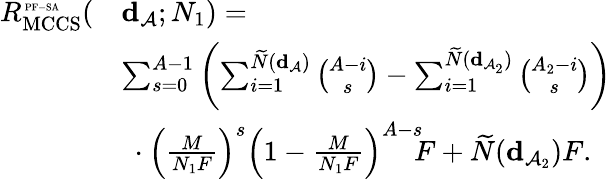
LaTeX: \begin{array}{rl}{R_{\mathrm{MCCS}}^{\mathrm{\tiny~PF-SA}}(}&{{\mathbf d}_{\cal A};N_{1})=}\\ &{\sum_{s=0}^{A-1}\left(\sum_{i=1}^{\widetilde N({\mathbf d}_{\cal A})}\binom{A-i}{s}-\sum_{i=1}^{\widetilde N({\mathbf d}_{{\cal A}_{2}})}\binom{A_{2}-i}{s}\right)}\\ &{\ \cdot\left(\frac{M}{N_{1}F}\right)^{s}\left(1-\frac{M}{N_{1}F}\right)^{A-s}\! \! F+\widetilde N({\mathbf d}_{{\cal A}_{2}})F.}\end{array}